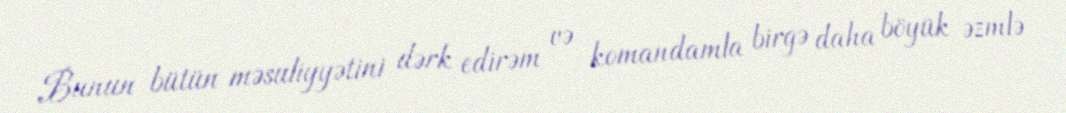
Bunun bütün məsuliyyətini dərk edirəm və komandamla birgə daha böyük əzmlə